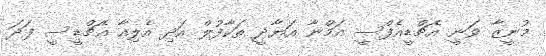
މުނީޒާ ވަނީ އެޗްޑީއެފްސީ އަމްނާ އަޔާދީ ތަކާފުލް އަދި އެލިއާ އެޗްޑީސީ ފަދަ